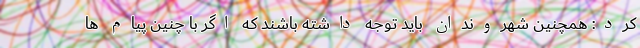
کرد: همچنین شهروندان باید توجه داشته باشند که اگر با چنین پیام ها